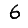
Digit: 6